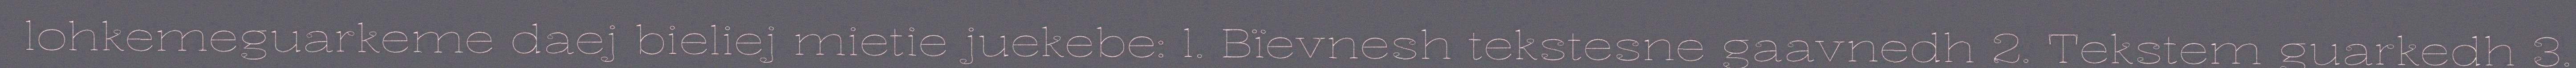
lohkemeguarkeme daej bieliej mietie juekebe: 1. Bïevnesh tekstesne gaavnedh 2. Tekstem guarkedh 3.